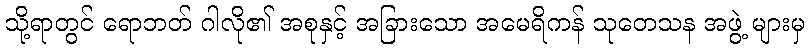
သို့ရာတွင် ရောဘတ် ဂါလို၏ အစုနှင့် အခြားသော အမေရိကန် သုတေသန အဖွဲ့ များမှ